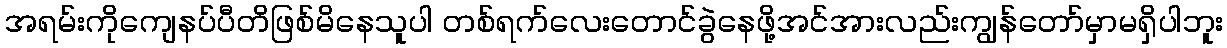
အရမ်းကိုကျေနပ်ပီတိဖြစ်မိနေသူပါ တစ်ရက်လေးတောင်ခွဲနေဖို့အင်အားလည်းကျွန်တော်မှာမရှိပါဘူး